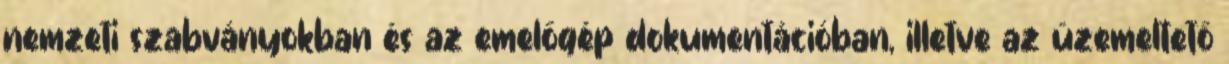
nemzeti szabványokban és az emelőgép dokumentációban, illetve az üzemeltető